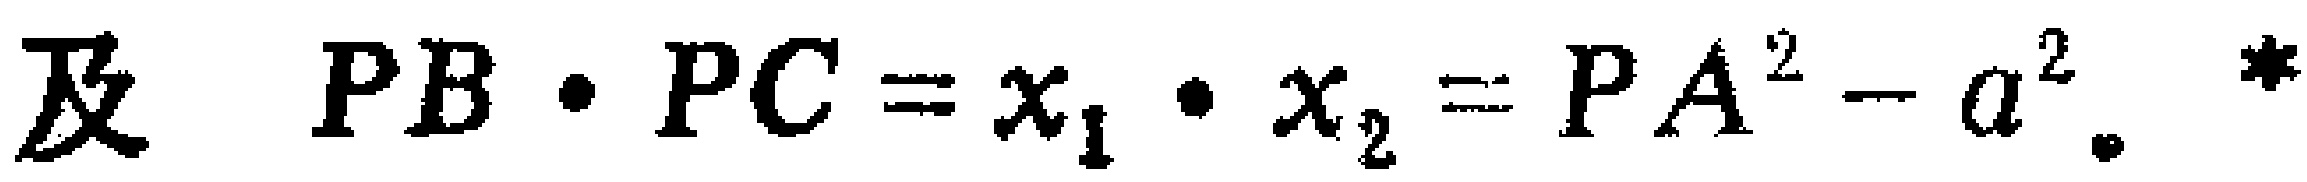
及 \(PB\cdot PC = x_1\cdot x_2=PA^{2}-a^{2}\)。*